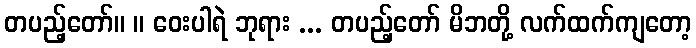
တပည့်တော်။ ။ ဝေးပါရဲ ဘုရား ... တပည့်တော် မိဘတို့ လက်ထက်ကျတော့